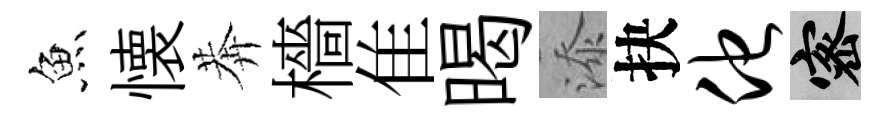
魚懐莾檣隹暍添抉他密